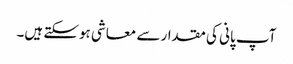
آپ پانی کی مقدار سے معاشی ہوسکتے ہیں۔